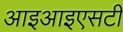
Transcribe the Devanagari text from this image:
आइआइएसटी